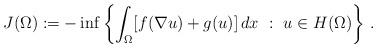
LaTeX: \begin{align*}J(\Omega):=-\inf\left\{ \int_{\Omega} [f(\nabla u) + g(u) ]\,dx \ :\ u\in H(\Omega)\right\}\,.\end{align*}